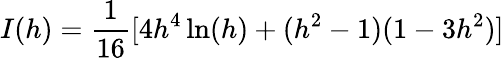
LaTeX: I(h)=\frac{1}{16}[4h^{4}\ln(h)+(h^{2}-1)(1-3h^{2})]